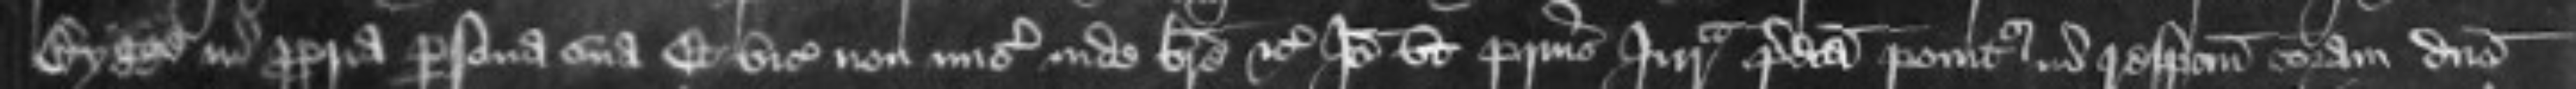
Bygge in propria persona sua Et vicecomites non miserunt inde breve etc Ideo ut prius Jurata predicta ponitur in respectum coram domino